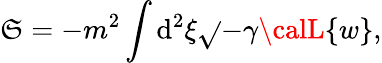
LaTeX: {\cal\mathfrak{S}}=-m^{2}\int\mathrm{{d}}^{2}\xi\sqrt{}{{-\gamma}}{\calL}\{ w\} ,